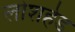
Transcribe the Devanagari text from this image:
लोशहेड